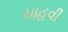
ચાહવી